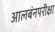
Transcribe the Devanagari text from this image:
आलबंनपरीक्षा